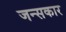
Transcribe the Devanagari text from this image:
जन्सकार